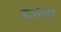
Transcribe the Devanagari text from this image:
हेत्वंतर